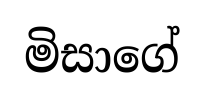
මිසාගේ